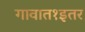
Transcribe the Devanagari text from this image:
गावात१इतर